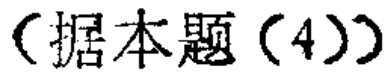
（据本题（4））